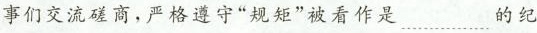
事们交流碰商，严格遵守”规矩”被看作是…………的纪